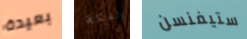
بعيدة الفكة ستيفنسن